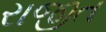
રાજીત